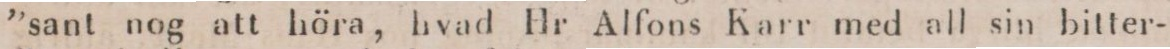
”sant nog att höra, hvad Hr Alfons Karr med all sin bitter-